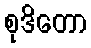
စုဒိတော